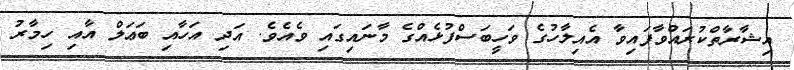
އިޝާރާތްކުރައްވާފައިވާ އެއިލާހުގެ ވަހީބަސްފުޅެއްގެ މާނައިގައި ވެއެވެ. އަދި އަހާއި ބަޢަލް އާއި ހިމާރު